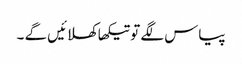
پیاس لگے تو تیکھا کھلائیں گے ۔